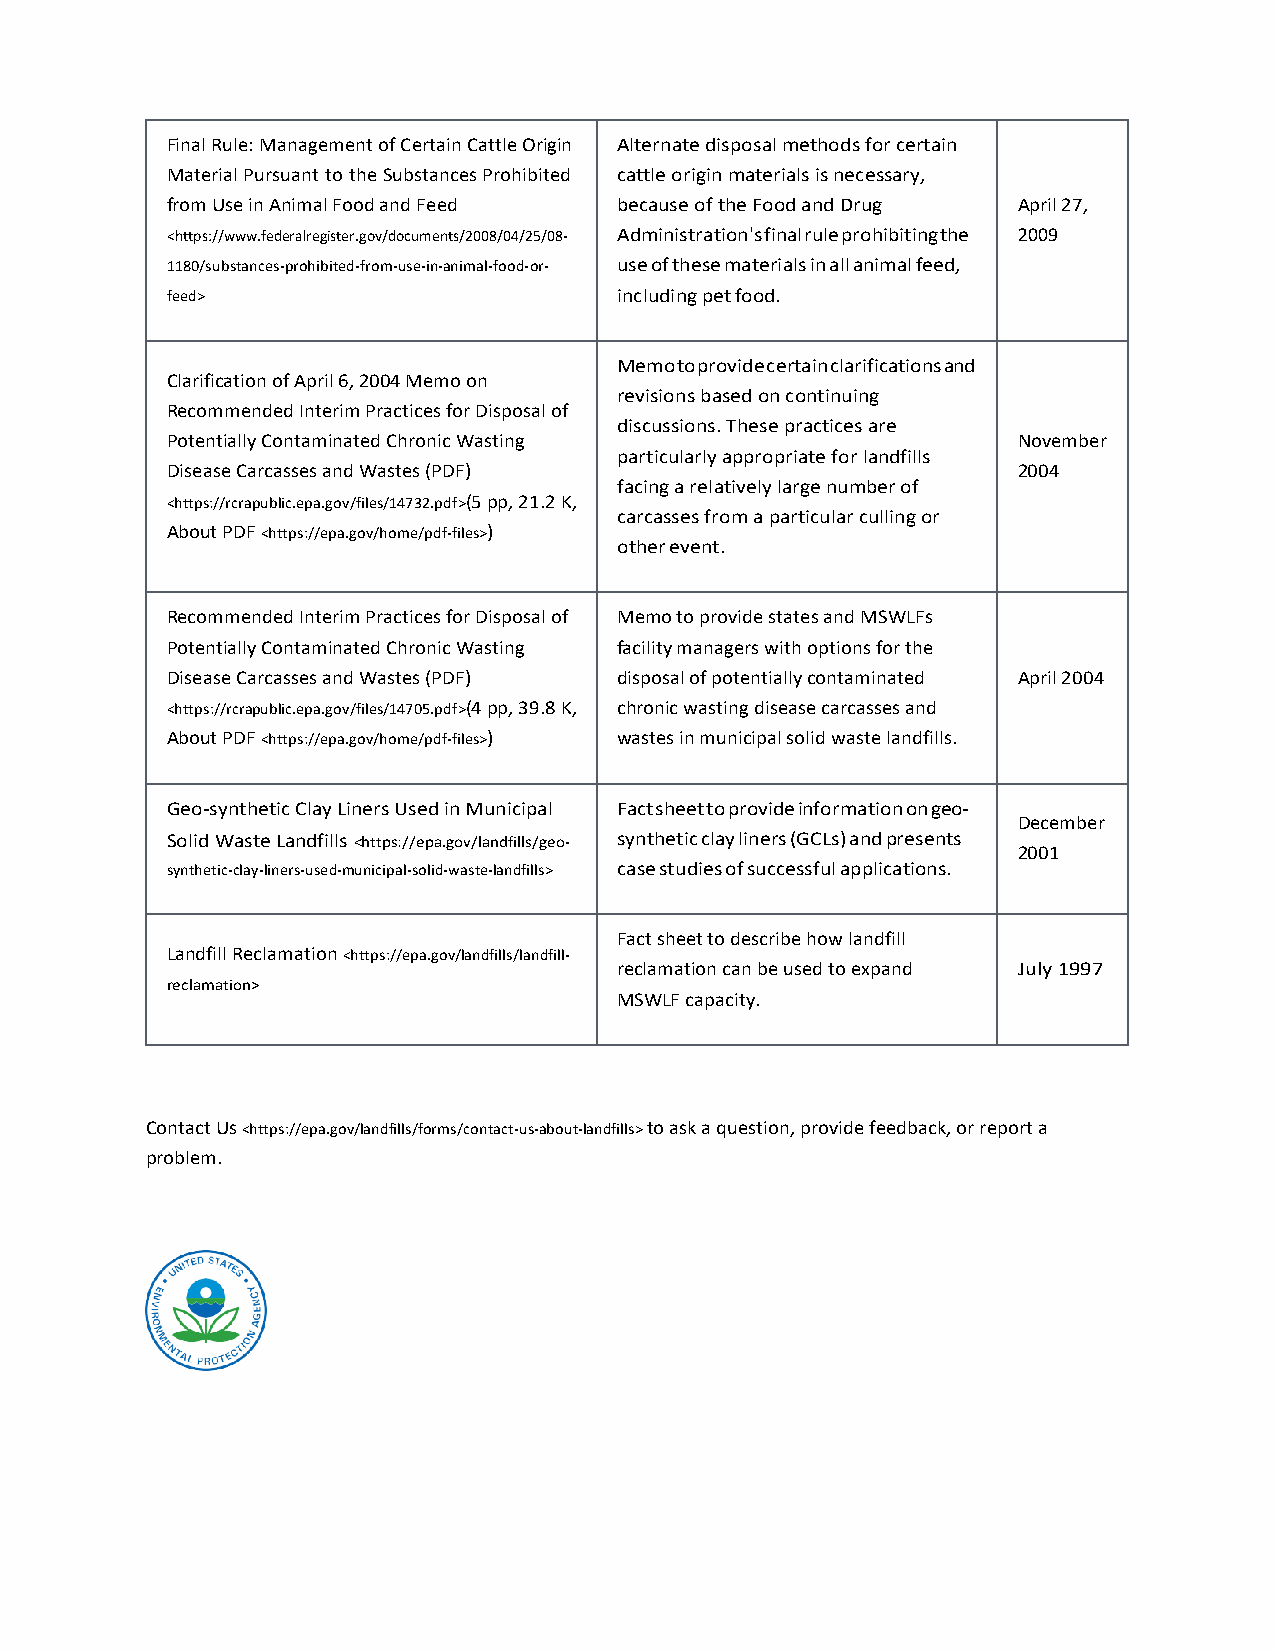
Final Rule: Management of Certain Cattle Origin Alternate disposal methods for certain
 Material Pursuant to the Substances Prohibited cattle origin materials is necessary,
 from Use in Animal Food and Feed because of the Food and Drug April 27,
 <https://www.federalregister.gov/documents/2008/04/25/08- Administration's final rule prohibiting the 2009
 1180/substances-prohibited-from-use-in-animal-food-or- use of these materials in all animal feed,
 feed>                         including pet food.
 Memo to provide certain clarifications and
 Clarification of April 6, 2004 Memo on
 revisions based on continuing
 Recommended Interim Practices for Disposal of
 discussions. These practices are
 Potentially Contaminated Chronic Wasting                November
 particularly appropriate for landfills
 Disease Carcasses and Wastes (PDF)                      2004
 facing a relatively large number of
 <https://rcrapublic.epa.gov/files/14732.pdf>(5 pp, 21.2 K,
 carcasses from a particular culling or
 About PDF <https://epa.gov/home/pdf-files>)
 other event.
 Recommended Interim Practices for Disposal of Memo to provide states and MSWLFs
 Potentially Contaminated Chronic Wasting facility managers with options for the
 Disease Carcasses and Wastes (PDF) disposal of potentially contaminated April 2004
 <https://rcrapublic.epa.gov/files/14705.pdf>(4 pp, 39.8 K, chronic wasting disease carcasses and
 About PDF <https://epa.gov/home/pdf-files>) wastes in municipal solid waste landfills.
 Geo-synthetic Clay Liners Used in Municipal Fact sheet to provide information on geo-
 December
 Solid Waste Landfills <https://epa.gov/landfills/geo- synthetic clay liners (GCLs) and presents
 2001
 synthetic-clay-liners-used-municipal-solid-waste-landfills> case studies of successful applications.
 Fact sheet to describe how landfill
 Landfill Reclamation <https://epa.gov/landfills/landfill-
 reclamation can be used to expand July 1997
 reclamation>
 MSWLF capacity.
 Contact Us <https://epa.gov/landfills/forms/contact-us-about-landfills> to ask a question, provide feedback, or report a
 problem.